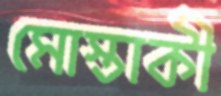
মোস্তাকী